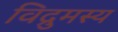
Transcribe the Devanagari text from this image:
विद्रुमस्य